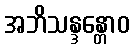
အဘိသန္ဒန္တောဝ